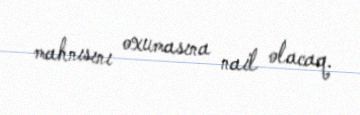
mahnısını oxumasına nail olacaq.